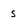
Character: s